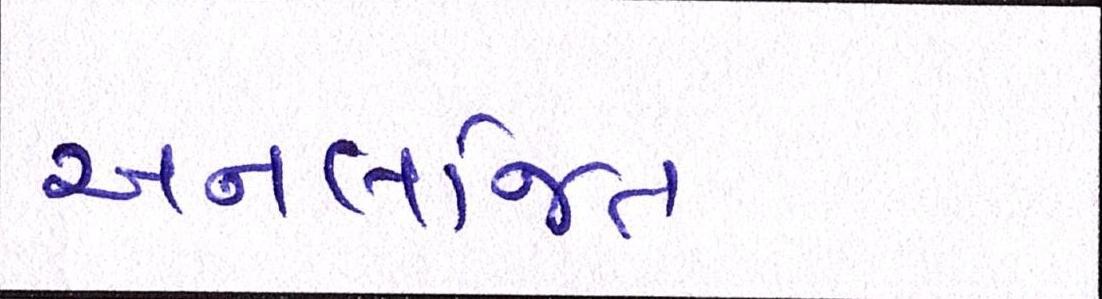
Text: અનલજિત